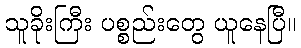
သူခိုးကြီး ပစ္စည်းတွေ ယူနေပြီ။